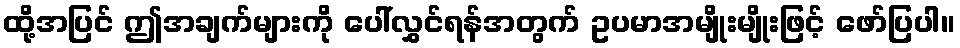
ထို့အပြင် ဤအချက်များကို ပေါ်လွှင်ရန်အတွက် ဥပမာအမျိုးမျိုးဖြင့် ဖော်ပြပါ။